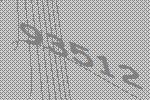
93512